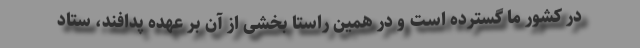
در کشور ما گسترده است و در همین راستا بخشی از آن بر عهده پدافند، ستاد